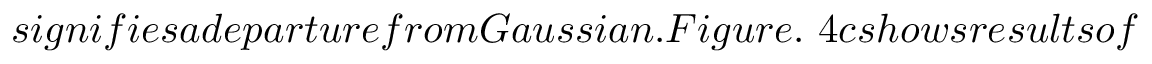
s i g n i f i e s a d e p a r t u r e f r o m G a u s s i a n . F i g u r e . \ 4 c s h o w s r e s u l t s o f